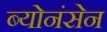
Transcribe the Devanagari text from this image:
ब्योनंसेन